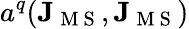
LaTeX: a^{q}(\mathbf{J}_{\mathrm{~M~S~}},\mathbf{J}_{\mathrm{~M~S~}})